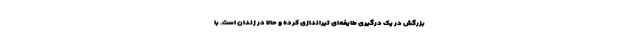
بزرگش در یک درگیری طایفه‌ای تیراندازی کرده و حالا در زندان است. با